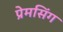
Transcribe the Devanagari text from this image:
प्रेमसिंग